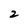
Character: 2